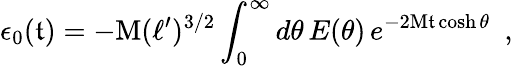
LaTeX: \epsilon_{0}(\mathfrak{t})=-\textrm{{M}}(\ell^{\prime})^{3/2}\int_{0}^{\infty}d\theta\, E(\theta)\, e^{-2\textrm{{M}}\mathfrak{t}\cosh\theta}\, \, \, ,